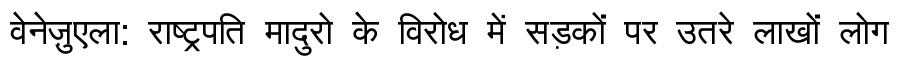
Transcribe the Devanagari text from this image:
वेनेज़ुएला: राष्ट्रपति मादुरो के विरोध में सड़कों पर उतरे लाखों लोग